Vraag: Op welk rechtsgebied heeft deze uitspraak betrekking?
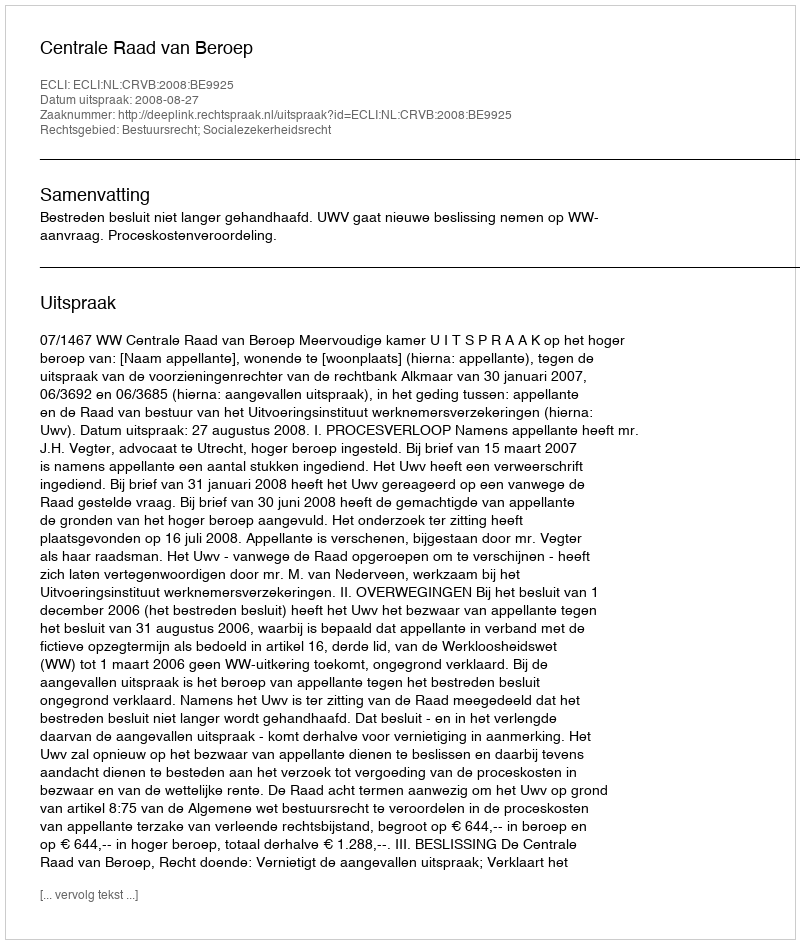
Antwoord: Bestuursrecht; Socialezekerheidsrecht